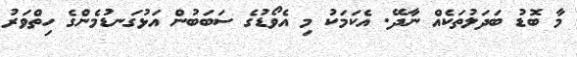
މާ ބޮޑު ބަދަލުތަކެއް ނާދޭ. އެކަމަކު މި އެވޯޑުގެ ސަބަބުން އަޅުގަނޑުމެންގެ ހިތްވަރު